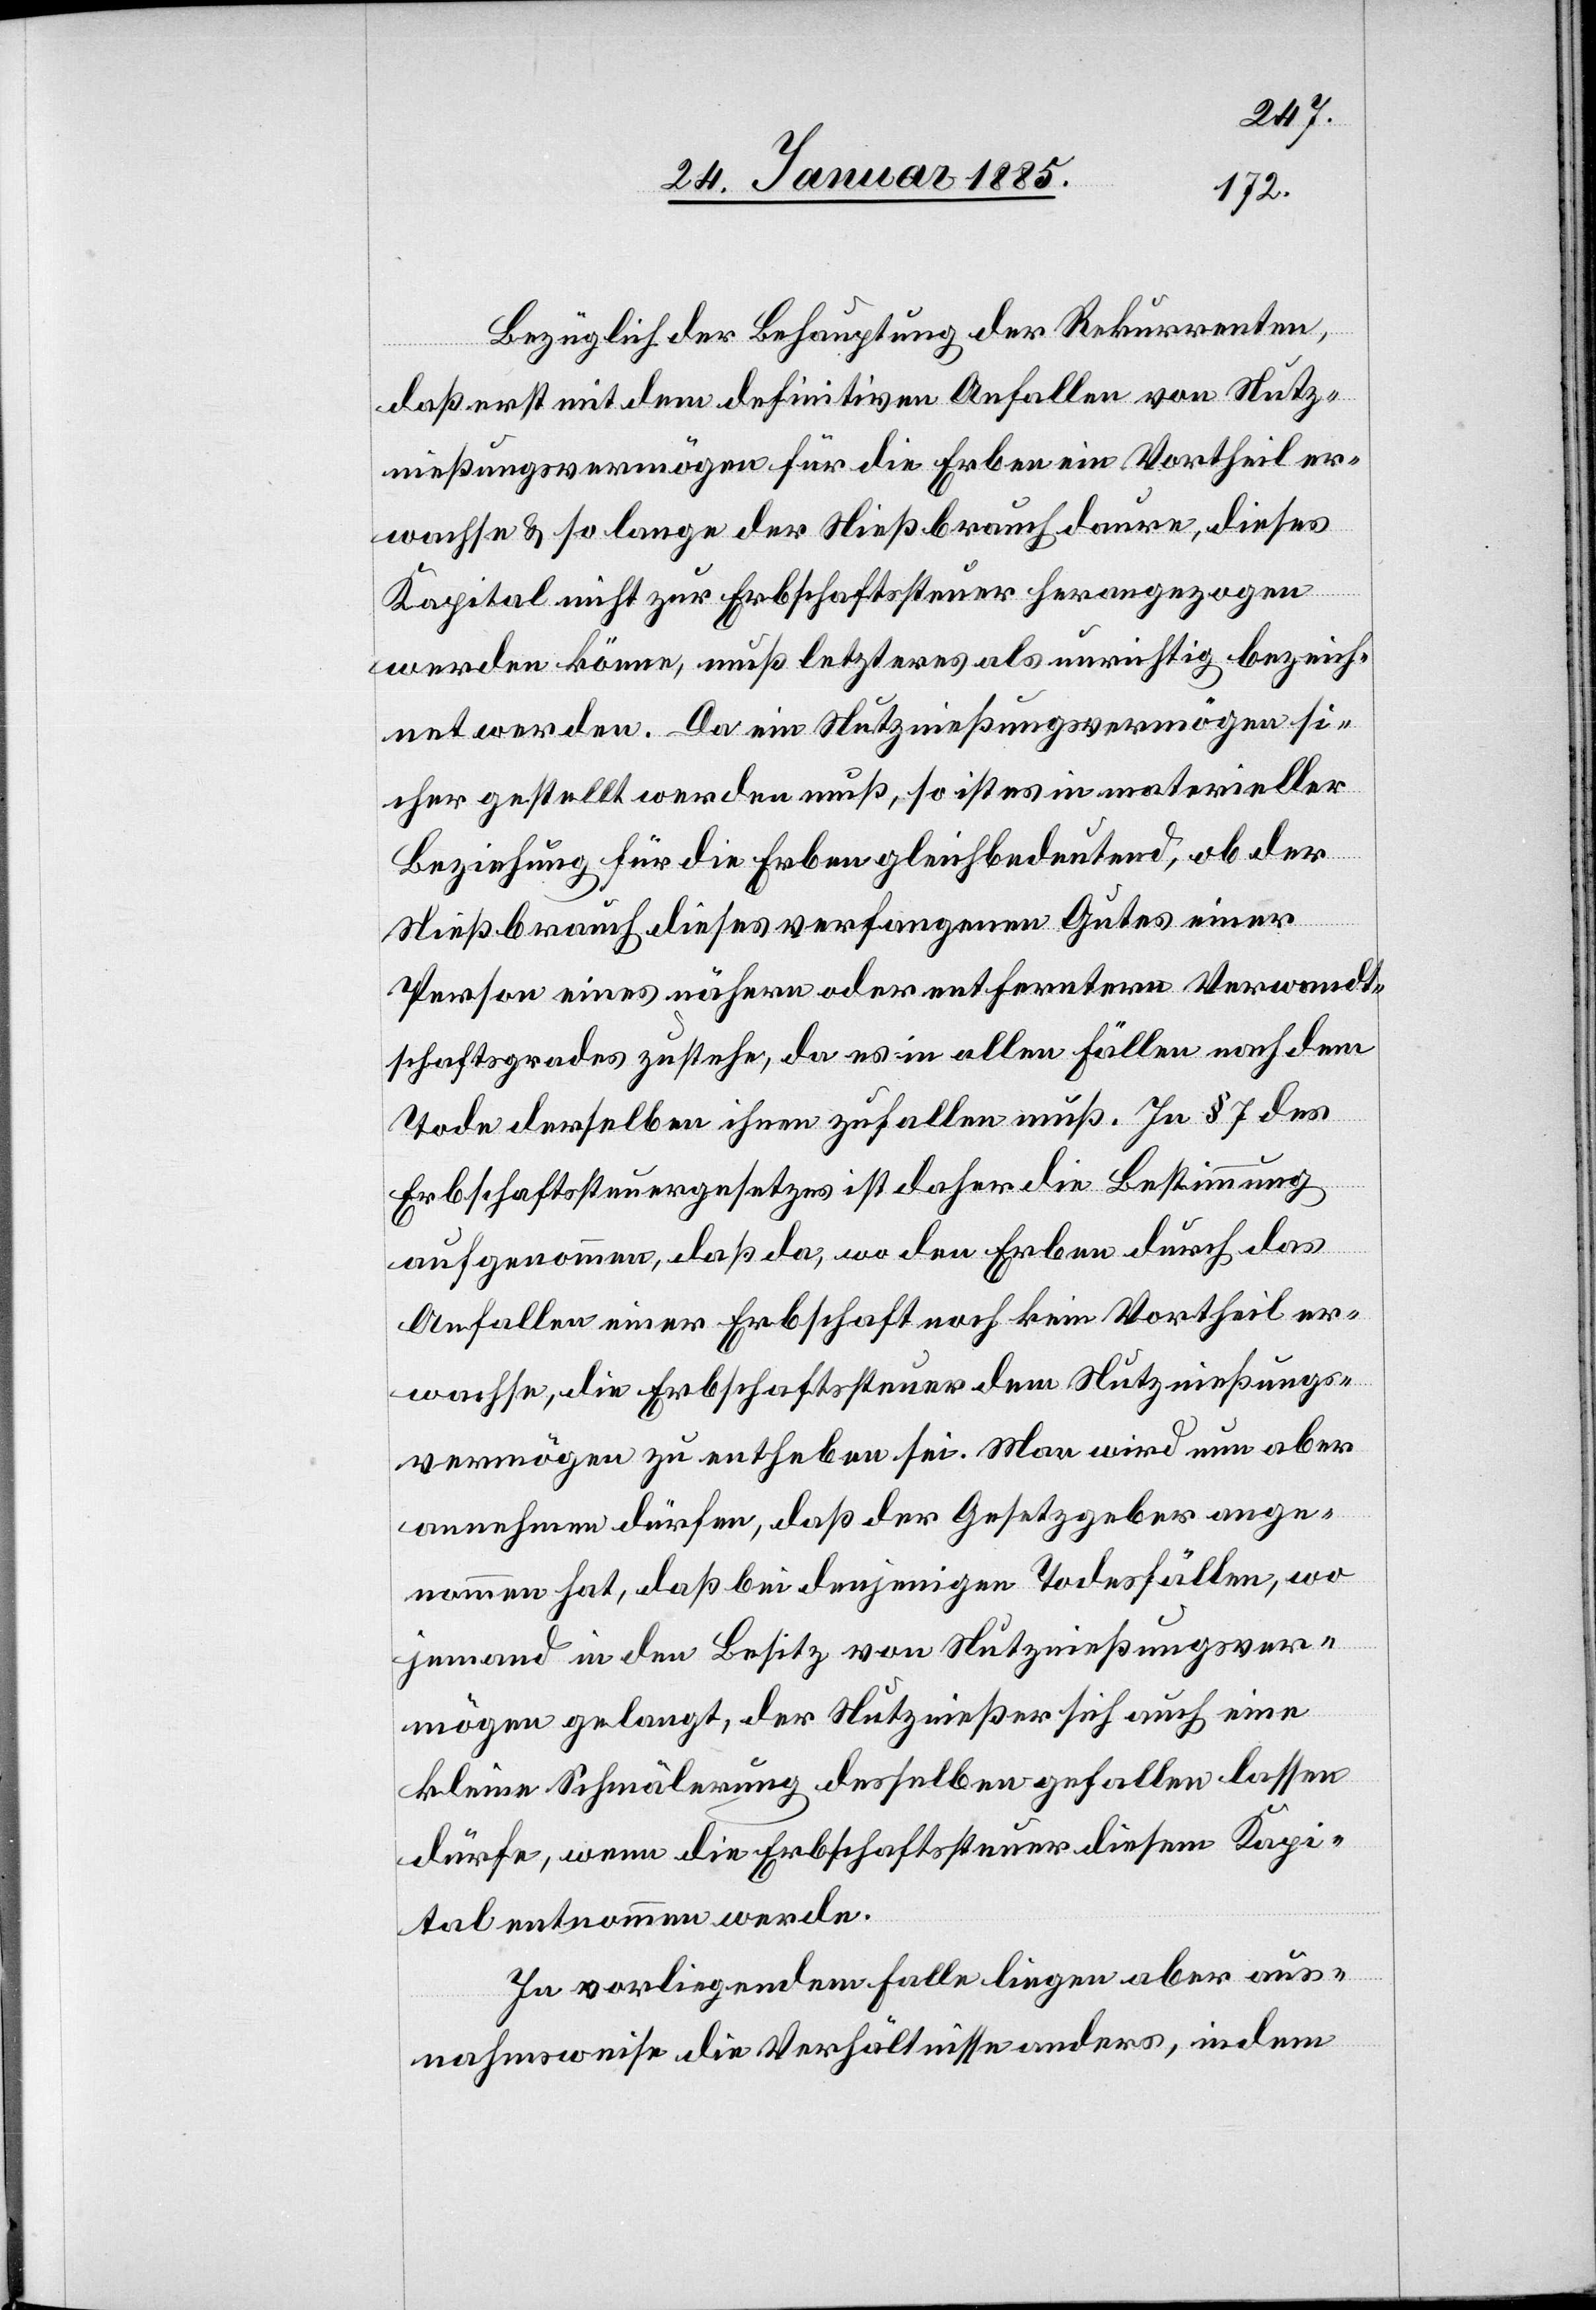
Bezüglich der Behauptung der Rekurrenten,
daß erst mit dem definitiven Anfallen von Nutz¬
nießungsvermögen für die Erben ein Vortheil er¬
wachse & so lange der Nießbrauch daure, dieses
dem
Kapital nicht zur Erbschaftssteuer herangezogen
werden könne, muß letzteres als unrichtig bezeich¬
net werden. Da ein Nutznießungsvermögen si¬
cher gestellt werden muß, so ist es in materieller
Beziehung für die Erben gleichbedeutend, ob der
Nutznießungs¬
Nießbrauch dieses verfangenen Gutes einer
Person eines nähern oder entferntern Verwandt¬
schaftsgrades zustehe, da es in allen Fällen nach dem
Tode derselben ihnen zufallen muß. In § 7 des
Erbschaftssteuergesetzes ist daher die Bestimmung
aufgenommen, daß da wo den Erben durch das
vermögen zu entheben sei. Man wird nun aber
annehmen dürfen, daß der Gesetzgeber ange¬
nommen hat, daß bei denjenigen Todesfällen, wo
jemand in den Besitz von Nutznießungsver¬
mögen gelangt, der Nutznießer sich auch eine
kleine Schmälerung desselben gefallen lassen
dürfe, wenn die Erbschaftssteuer diesem Kapi¬
tal entnommen werde.
In vorliegendem Falle liegen aber aus¬
nahmsweise die Verhältnisse anders, indem